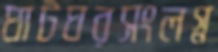
ঘাটঘরসংলগ্ন